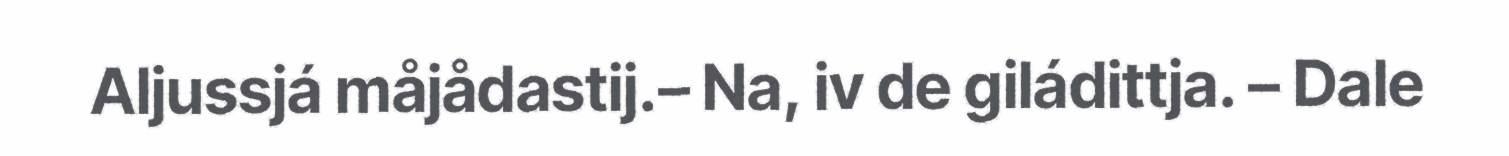
Aljussjá måjådastij.– Na, iv de giládittja. – Dale